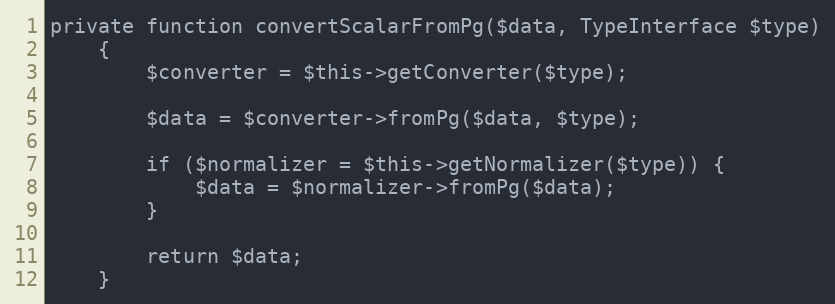
Language: PHP
private function convertScalarFromPg($data, TypeInterface $type)
    {
        $converter = $this->getConverter($type);

        $data = $converter->fromPg($data, $type);

        if ($normalizer = $this->getNormalizer($type)) {
            $data = $normalizer->fromPg($data);
        }

        return $data;
    }